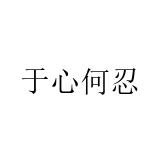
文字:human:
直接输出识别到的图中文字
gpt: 于心何忍